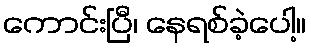
ကောင်းပြီ၊ နေရစ်ခဲ့ပေါ့။